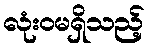
လုံးဝမရှိသည့်